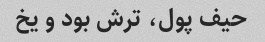
حیف پول، ترش بود و یخ